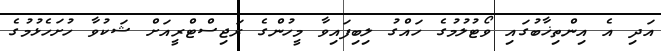
އަދި އެ އިންތިޚާބުގައި ވޯޓުލުމުގެ ހައްގު ލިބިފައިވާ މީހުންގެ ރަޖިސްޓްރީއަށް ޝަކުވާ ހުށަހެޅުމުގެ